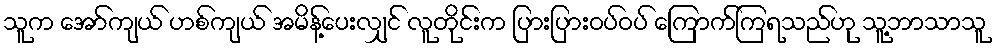
သူက အော်ကျယ် ဟစ်ကျယ် အမိန့်ပေးလျှင် လူတိုင်းက ပြားပြားဝပ်ဝပ် ကြောက်ကြရသည်ဟု သူ့ဘာသာသူ